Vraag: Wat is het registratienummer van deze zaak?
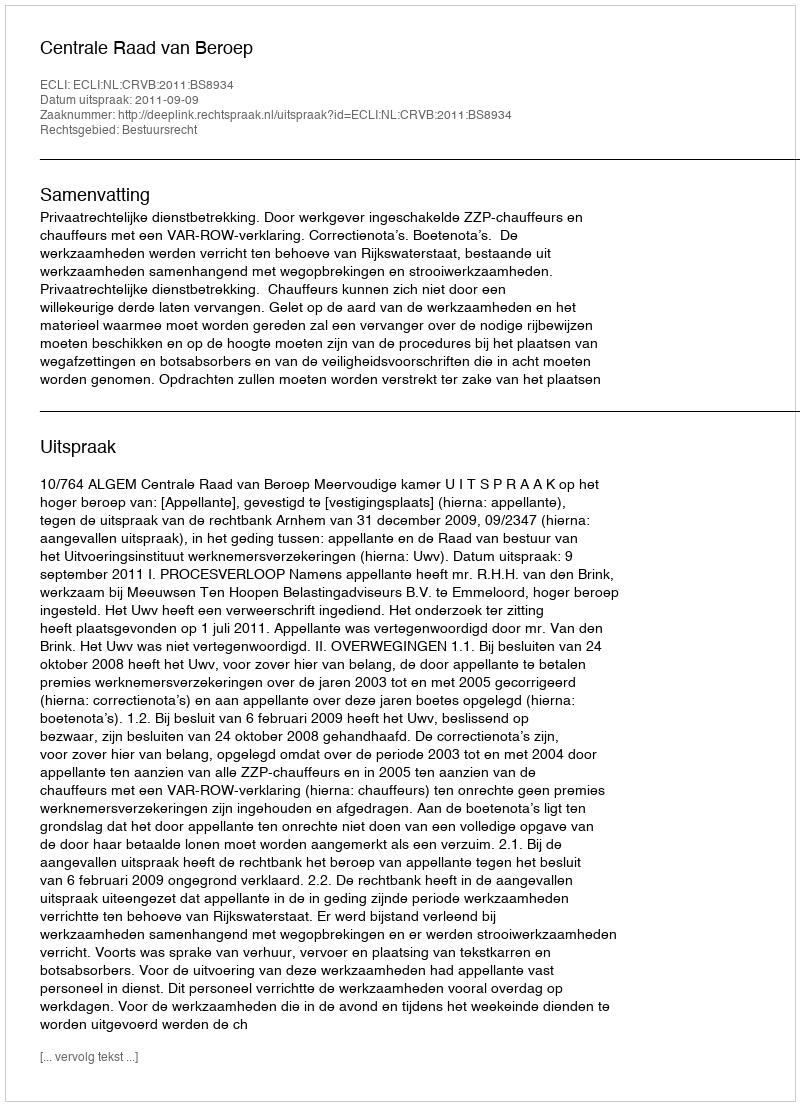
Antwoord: http://deeplink.rechtspraak.nl/uitspraak?id=ECLI:NL:CRVB:2011:BS8934